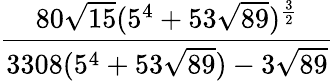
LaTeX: \frac{80{\sqrt{15}}(5^{4}+53{\sqrt{89}})^{\frac{3}{2}}}{3308(5^{4}+53{\sqrt{89}})-3{\sqrt{89}}}